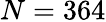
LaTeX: N=364